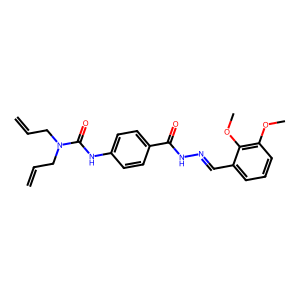
SMILES: C=CCN(CC=C)C(=O)Nc1ccc(C(=O)NN=Cc2cccc(OC)c2OC)cc1
Inhibits HIV replication: Yes